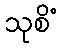
သုစိံ